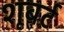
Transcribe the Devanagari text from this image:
शूबर्ट